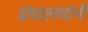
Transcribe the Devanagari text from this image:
ग्रंथालयांनी